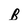
Character: B